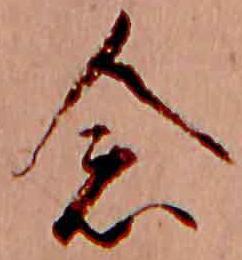
念